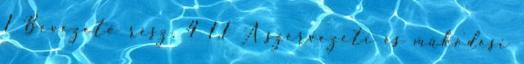
1 Bevezető rész. 4 1.1 A szervezeti és működési